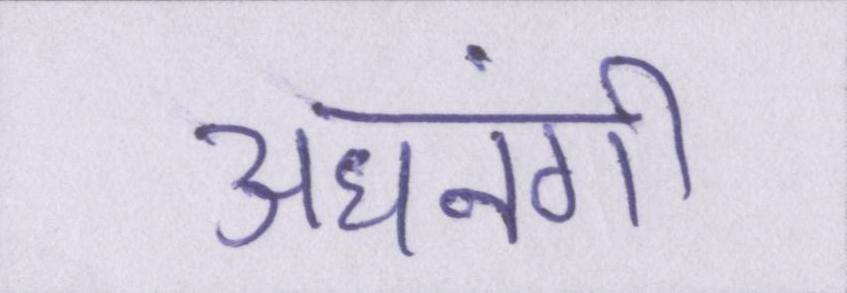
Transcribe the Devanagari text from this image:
अधनंगी